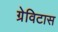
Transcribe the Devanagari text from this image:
ग्रेविटास